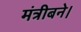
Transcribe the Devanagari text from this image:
मंत्रीबने।